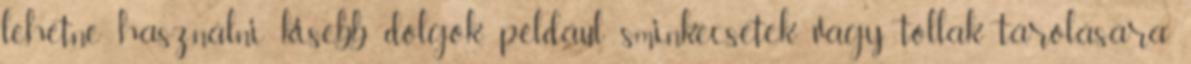
lehetne használni kisebb dolgok, például sminkecsetek vagy tollak tárolására.